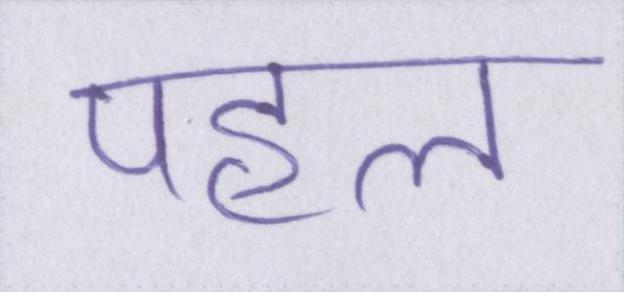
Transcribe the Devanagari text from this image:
पहल